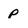
Character: P